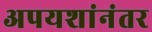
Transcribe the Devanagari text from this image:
अपयशांनंतर